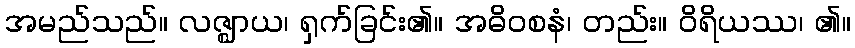
အမည်သည်။ လဇ္ဈာယ၊ ရှက်ခြင်း၏။ အဓိဝစနံ၊ တည်း။ ဝိရိယဿ၊ ၏။